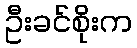
ဦးခင်စိုးက